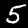
Digit: 5